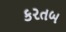
કરતબ